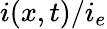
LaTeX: i(x,t)/i_{e}